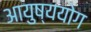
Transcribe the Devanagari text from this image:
आयुष्ययोग